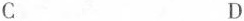
C D